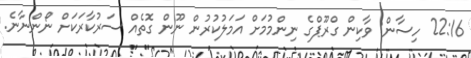
22:16 ހިސާން: ވާކިން ގްރޫޕްގެ ނިންމުމަށް އަމަލުކުރުން ނޫން ގޮތެއް ސަރުކާރަކަށް ނޯންނާނެ.